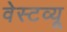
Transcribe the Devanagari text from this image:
वेस्टव्यू